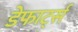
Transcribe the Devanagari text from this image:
डेफार्ट्स